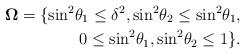
LaTeX: \begin{align*}{\mathbf{\Omega }} = \{ {{\sin }^2}{\theta _1} \leq {\delta ^2},{{\sin }^2}{\theta _2} \leq {{\sin }^2}{\theta _1}, \\ 0 \leq {{\sin }^2}{\theta _1},{{\sin }^2}{\theta _2} \leq 1 \}.\end{align*}